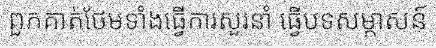
ពួកគាត់ថែមទាំងធ្វើការសួរនាំ ធ្វើបទសម្ភាសន៍